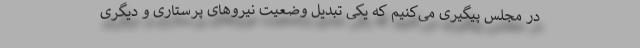
در مجلس پیگیری می‌کنیم که یکی تبدیل وضعیت نیروهای پرستاری و دیگری